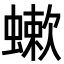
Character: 𧐁